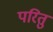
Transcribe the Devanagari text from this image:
परितु